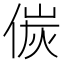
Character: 𠋌